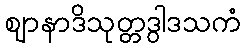
ဈာနာဒိသုတ္တဒွါဒသကံ